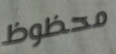
محظوظ